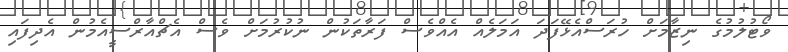
ވޯޓުލުމުގެ ނިޒާމަށް ހުރަސްއެޅޭފަދަ އަމަލެއް އެއްވެސް ފަރާތަކުން ނުކުރުމަށް ވެސް އެޗްއާރްސީއެމުން އެދިފައި